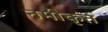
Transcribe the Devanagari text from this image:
नमीकृत